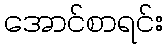
အောင်စာရင်း